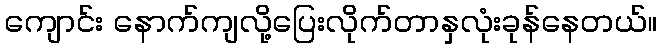
ကျောင်း နောက်ကျလို့ပြေးလိုက်တာနှလုံးခုန်နေတယ်။